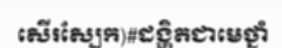
សើរស្បែក)#ដង្ហិតជាមេថ្នាំ